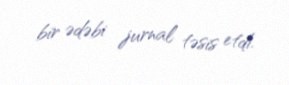
bir ədəbi jurnal təsis etdi.